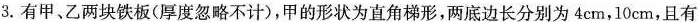
3.有甲、乙两块铁板(厚度忽略不计)，甲的形状为直角梯形，两底边长分别为4cm，10cm，且有